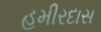
હમીરદાસ